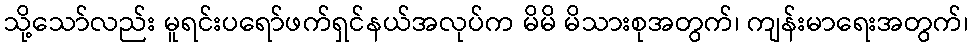
သို့သော်လည်း မူရင်းပရော်ဖက်ရှင်နယ်အလုပ်က မိမိ မိသားစုအတွက်၊ ကျန်းမာရေးအတွက်၊